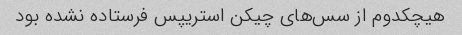
هیچکدوم از سس‌های چیکن استریپس فرستاده نشده بود